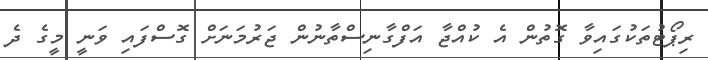
ރިޕޯޓުތަކުގައިވާ ގޮތުން އެ ކުއްޖާ އަފްގާނިސްތާނުން ޖަރުމަނަށް ގޮސްފައި ވަނީ މީގެ ދެ